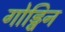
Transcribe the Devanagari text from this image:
गोड्विन